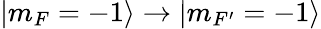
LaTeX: |m_{F}=-1\rangle\rightarrow|m_{F^{\prime}}=-1\rangle